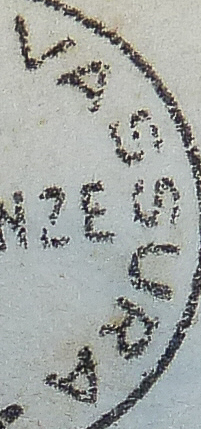
VASSURA